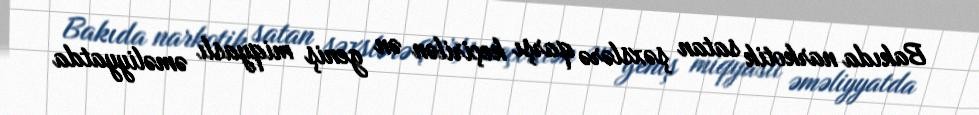
Bakıda narkotik satan şəxslərə qarşı keçirilən ən geniş miqyaslı əməliyyatda